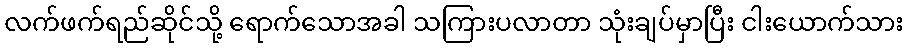
လက်ဖက်ရည်ဆိုင်သို့ ရောက်သောအခါ သကြားပလာတာ သုံးချပ်မှာပြီး ငါးယောက်သား